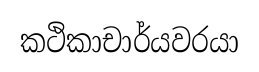
කථිකාචාර්යවරයා